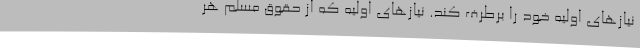
نیازهای اولیه خود را برطرف کند. نیازهای اولیه که از حقوق مسلم هر